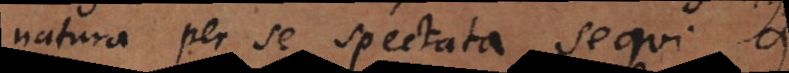
natura per se spectata sequi